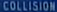
COLLISION